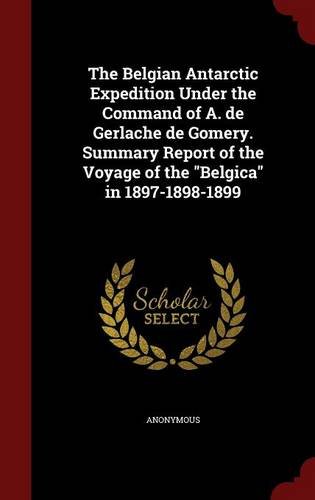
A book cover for The Belgian Antarctic Expedition Under the Command of A. de Gerlache de Gomery. Summary Report of the Voyage of the "Belgica" in 1897-1898-1899; Anonymous; History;